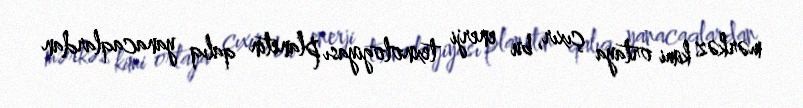
mərkəz kimi ortaya çıxır, bu enerji texnologiyası planetin qalıq yanacaqlardan